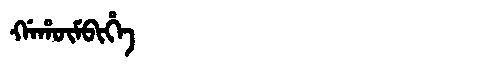
Manchu: ᡤᠠᡥᡡᠮᠪᡳᡥᡝ
Romanization: GAHŪMBIHE